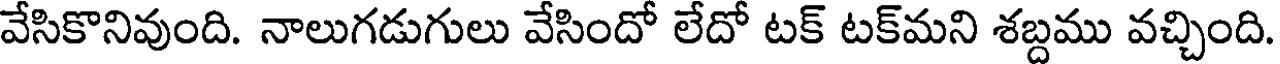
వేసికొనివుంది. నాలుగడుగులు వేసిందో లేదో టక్ టక్మని శబ్దము వచ్చింది